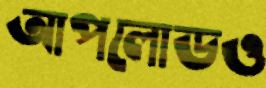
আপলোডও